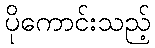
ပိုကောင်းသည့်